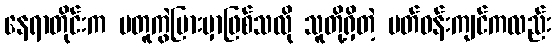
နေရာတိုင်းက မတူကွဲပြားမှာဖြစ်သလို သူတို့ရှိတဲ့ ပတ်ဝန်းကျင်ကလည်း